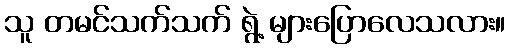
သူ တမင်သက်သက် ရွဲ့ များပြောလေသလား။